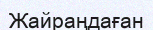
Жайраңдаған